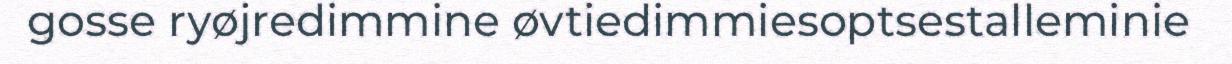
gosse ryøjredimmine øvtiedimmiesoptsestalleminie